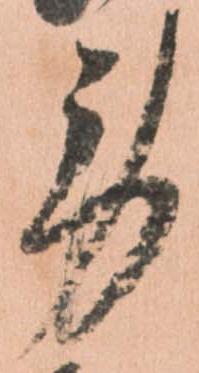
労